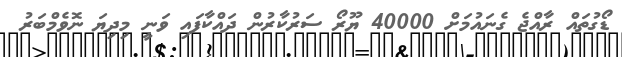
ޑޯގުތައް ރާއްޖެ ގެނައުމަށް 40000 ޔޫރޯ ސަރުކާރުން ދައްކާފައި ވަނީ މިދިޔަ ނޮވެމްބަރު